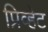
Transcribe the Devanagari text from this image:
प्रिव्हेट